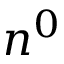
n ^ { 0 }